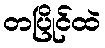
တပြိုင်ထဲ